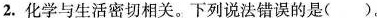
2.化学与生活密切相关。下列说法错误的是( )。